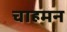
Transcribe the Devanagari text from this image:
चाहमन